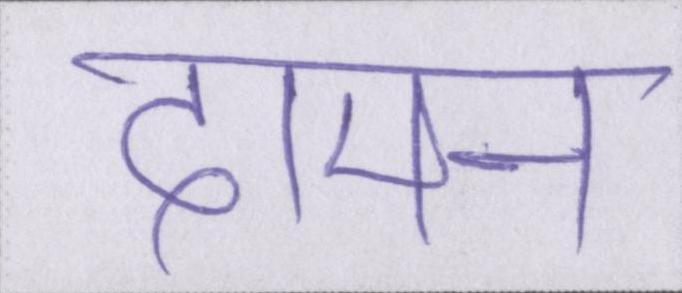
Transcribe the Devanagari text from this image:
दामन